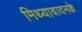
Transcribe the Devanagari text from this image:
मिथ्यावादनके